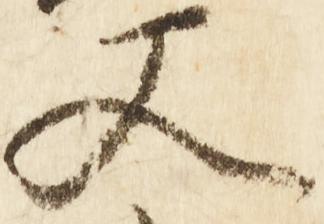
又